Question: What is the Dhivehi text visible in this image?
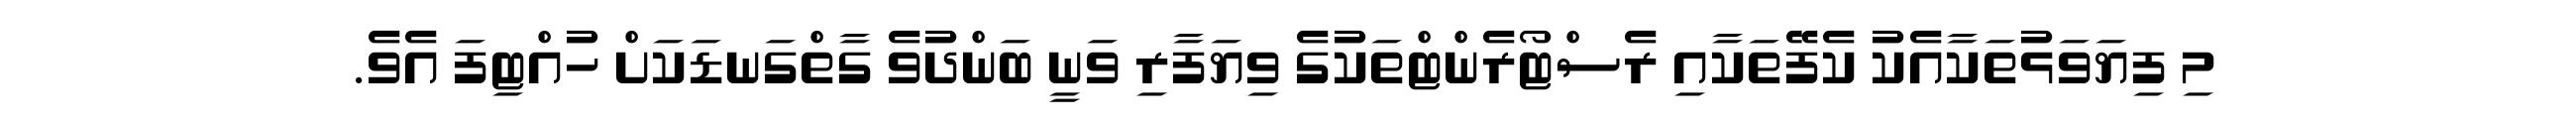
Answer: މި ފިޔަވަޅުތަކާއެކު ކެފޭތަކާއި ރެސްޓޯރެންޓްތަކުގެ ވިޔަފާރި ވަނީ ބަންދުވެ ގާތްގަނޑަކަށް ހުއްޓިފަ އެވެ.